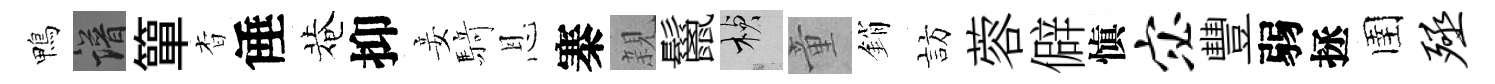
鴨譜簞杳倕菴抑妾𮪍恩寨親鬣楨童銷訪蓉僻愼宓豐弱拯圉殛